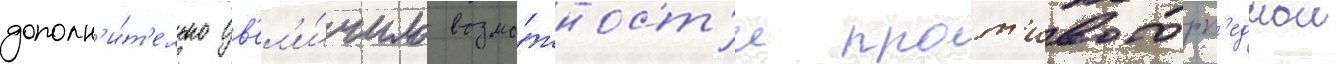
дополн'и́т'ельно ув'ел'и́чило возмо́жност'и прот'ивоторп'еднои